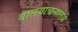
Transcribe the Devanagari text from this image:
बालवाचनालये